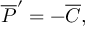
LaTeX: { \overline { { { \cal P } } } } ^ { \prime } = - \overline { { C } } ,